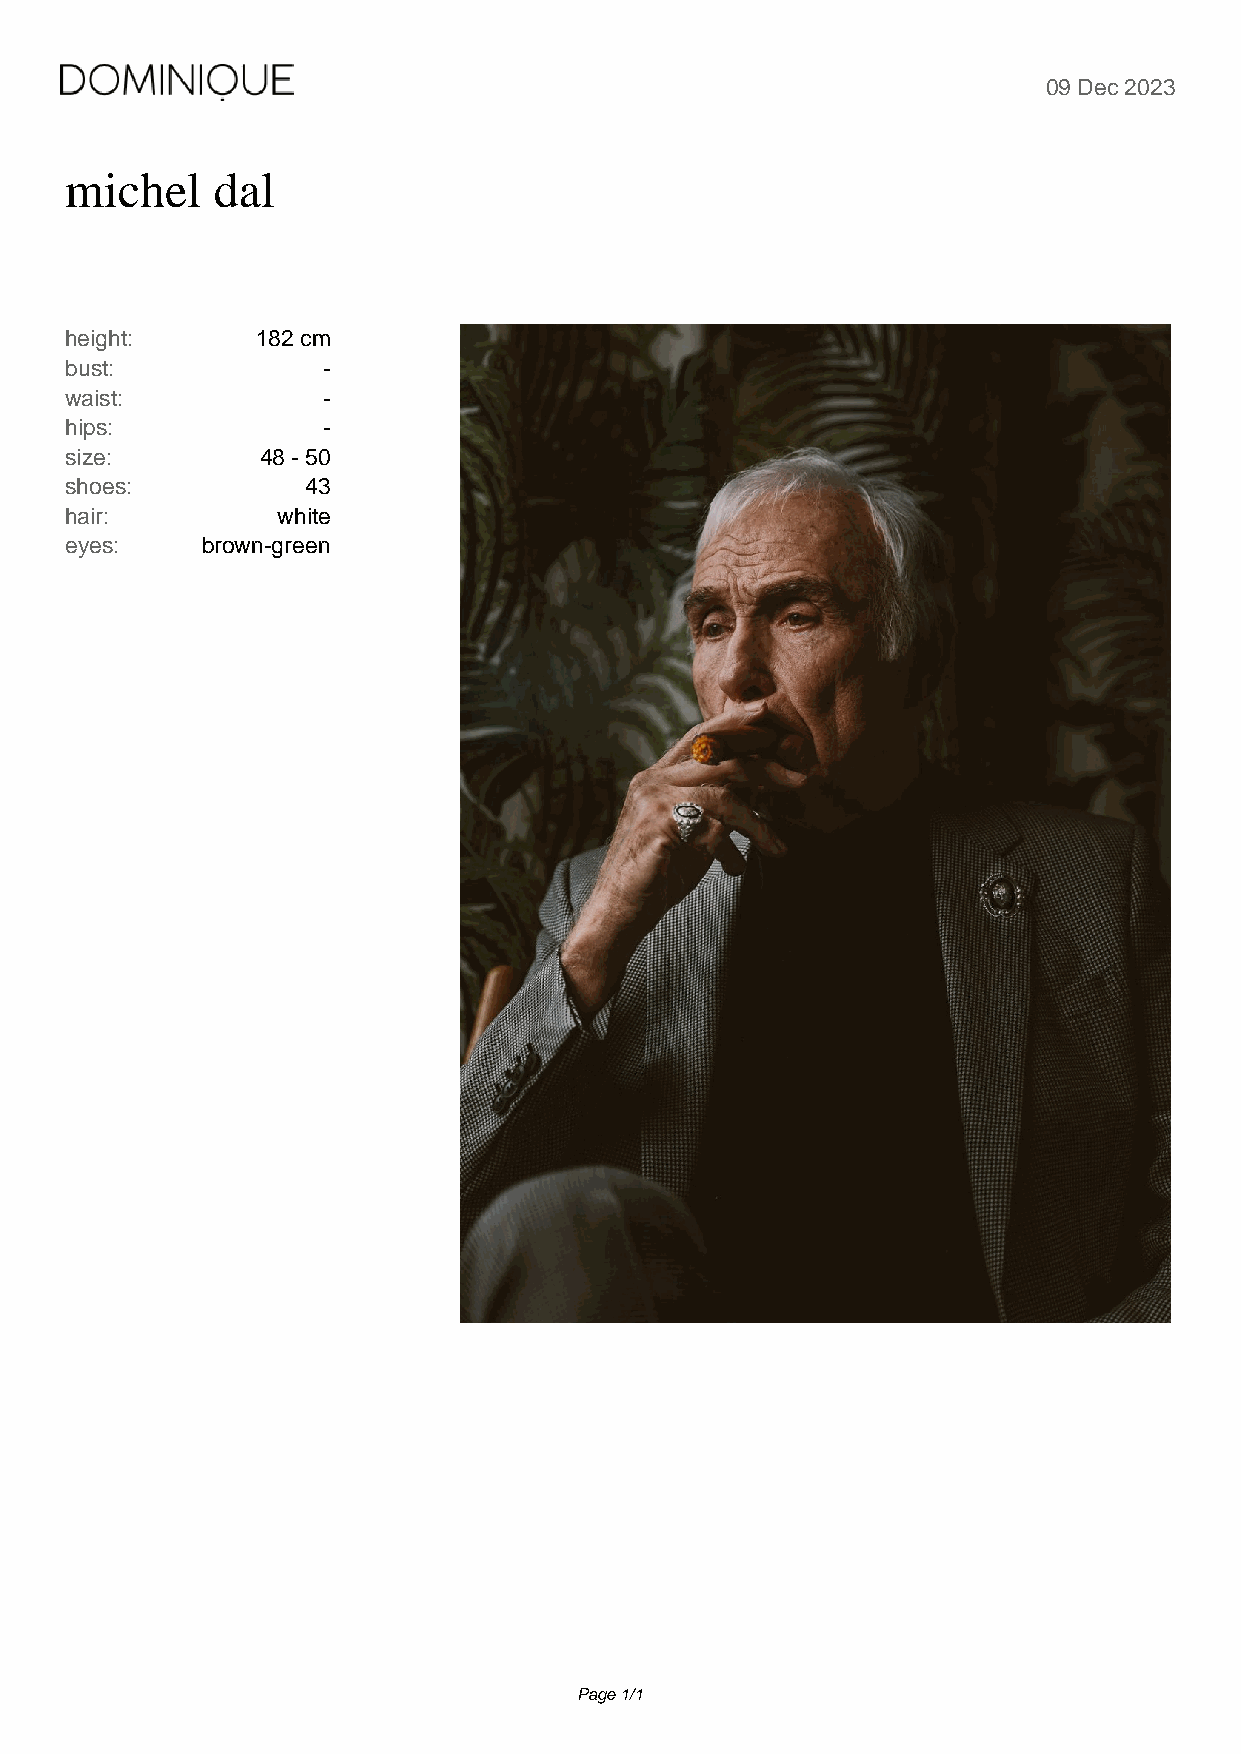
09 Dec 2023
 michel    dal
 height:      182 cm
 bust:            -
 waist:           -
 hips:            -
 size:        48 - 50
 shoes:          43
 hair:         white
 eyes:    brown-green
 Page 1/1